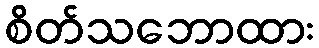
စိတ်သဘောထား